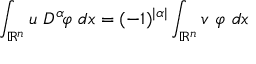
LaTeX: \int _ { \mathbb { R } ^ { n } } u \ D ^ { \alpha } \! \varphi \ d x = ( - 1 ) ^ { | \alpha | } \int _ { \mathbb { R } ^ { n } } v \ \varphi \ d x